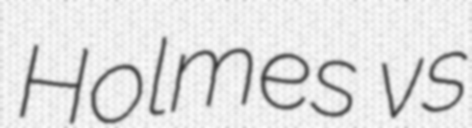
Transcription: Holmes vs